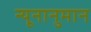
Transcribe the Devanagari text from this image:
न्यूनानुमान